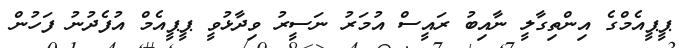
ޕީޕީއެމްގެ އިންތިގާލީ ނާއިބު ރައީސް އުމަރު ނަސީރު ވިދާޅުވީ ޕީޕީއެމް އުފެދުނު ފަހުން